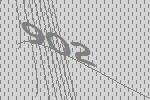
902